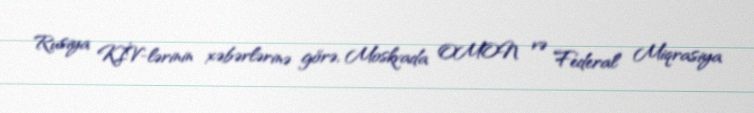
Rusiya KİV-lərinin xəbərlərinə görə, Moskvada OMON və Federal Miqrasiya